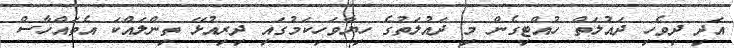
އަދި ދިވެހި ދައުލަތް ހުއްޓިގެން މި ދައުލަތުގެ ހިޔާވަހިކަމުގައި ދިރިއުޅޭ ތިންލައްކަ އެތައްހާސް